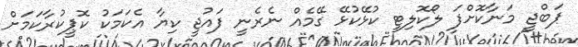
ޕަބްޖީ މަނާކޮށްފަ ލޯކޮލިޓީ ކުޅޭކުޅޭ ގޭމެއް ނެރެނީ ފައުޖީ ކިޔާ އެކަމަކު ކޮޕީކުރާކަމަށް